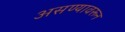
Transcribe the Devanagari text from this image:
असण्यावरून